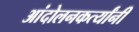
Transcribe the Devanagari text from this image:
आंदोलनकर्त्यांनी